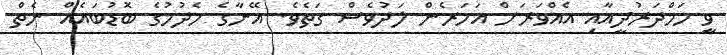
ވީ ހަމްދަރުދީއާއި އެއްވަރަށް އަހަރެން ލަދުވެސް ގަތެވެ. އޭނާގެ ހެދުމުގެ ބޮޑުބައެއް ނެތް